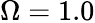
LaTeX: \Omega=1.0